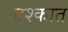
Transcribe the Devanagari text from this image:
दश्कात